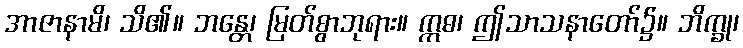
အာဇာနာမိ၊ သိ၏။ ဘန္တေ၊ မြတ်စွာဘုရား။ ဣဓ၊ ဤသာသနာတော်၌။ ဘိက္ခု၊